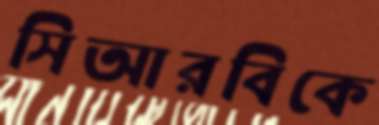
সিআরবিকে